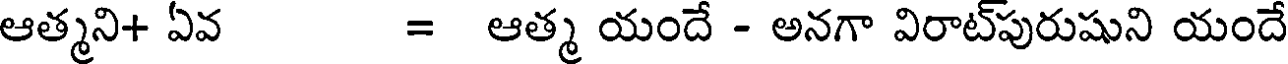
ఆత్మని+ ఏవ = ఆత్మ యందే - అనగా విరాట్పురుషుని యందే